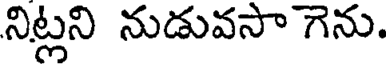
నిట్లని నుడువసా గెను.